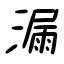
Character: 漏